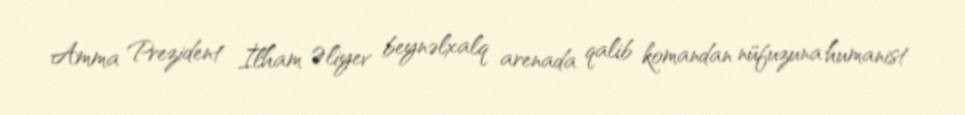
Amma Prezident İlham Əliyev beynəlxalq arenada qalib komandan nüfuzuna humanist